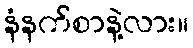
နံနက်စာနဲ့လား။